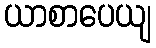
ယာစာပေယျ